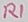
Text: R1